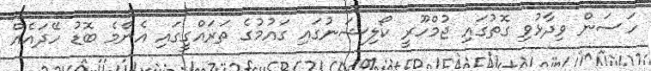
ހަސަން ވިދާޅުވި ގޮތުގައި ޖުމްހޫރީ ކޯލިޝަނުގައި ގައުމުގެ ތަރައްގީގައި އެންމެ ބޮޑު ހޭދައެއް